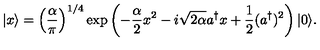
| x \rangle = \left( \frac { \alpha } { \pi } \right) ^ { 1 / 4 } \exp \left( - \frac { \alpha } { 2 } x ^ { 2 } - i \sqrt { 2 \alpha } a ^ { \dagger } x + \frac { 1 } { 2 } ( a ^ { \dagger } ) ^ { 2 } \right) | 0 \rangle .